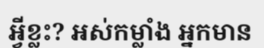
អ្វីខ្លះ? អស់កម្លាំង អ្នកមាន